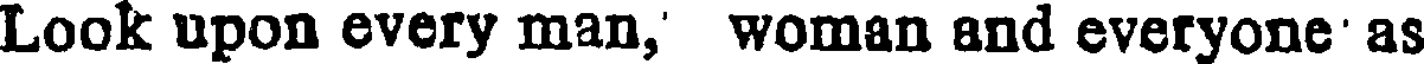
Look upon every man,' woman and everyone' as